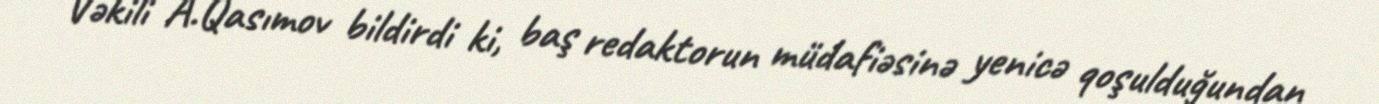
Vəkili A.Qasımov bildirdi ki, baş redaktorun müdafiəsinə yenicə qoşulduğundan